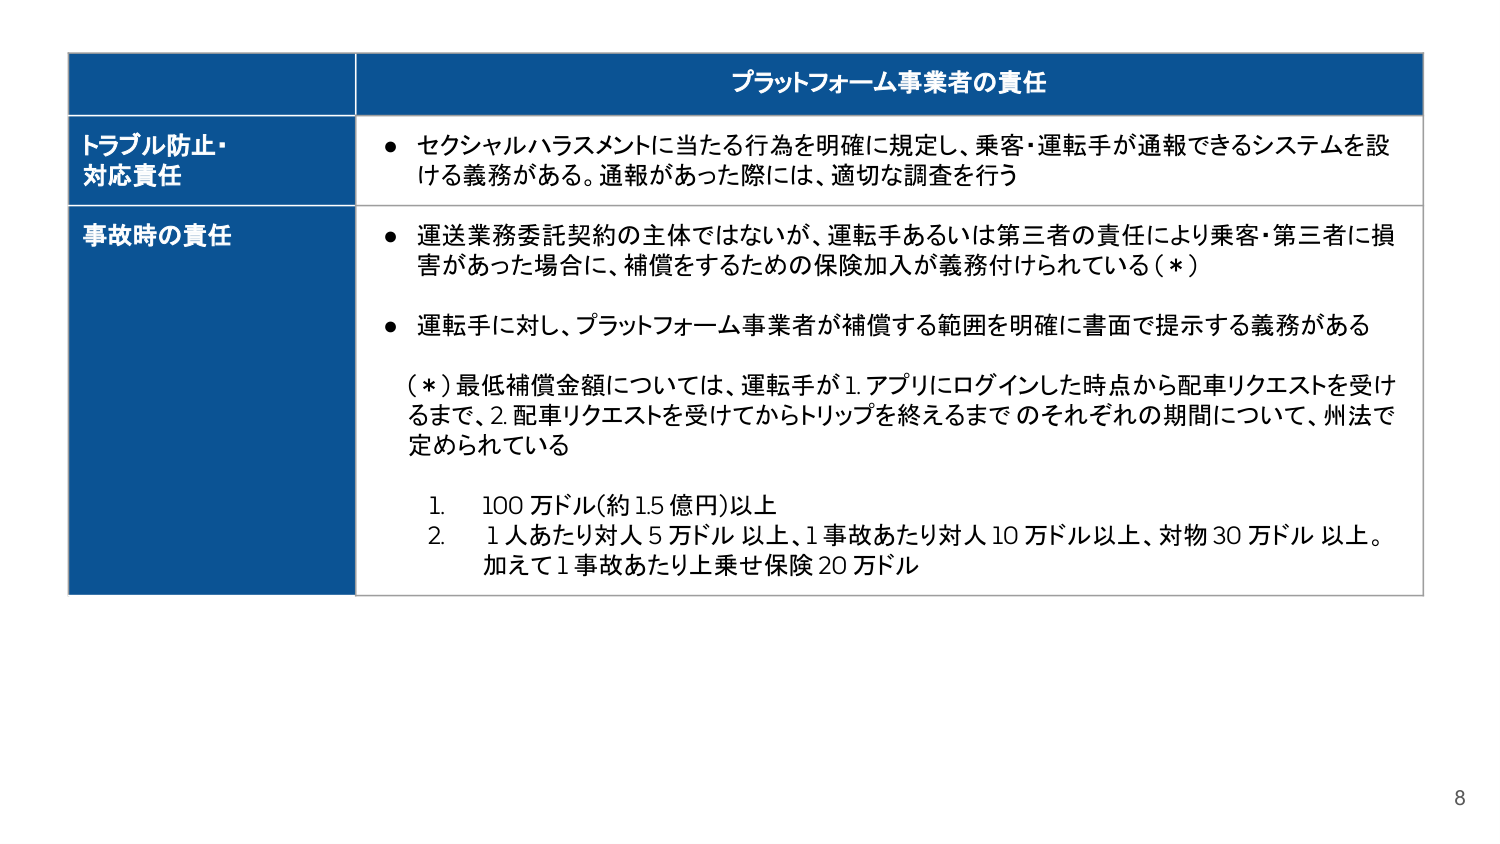
プラットフォーム事業者の責任

トラブル防止・
対応責任
・ セクシャルハラスメントに当たる行為を明確に規定し、乗客・運転手が通報できるシステムを設
ける義務がある。通報があった際には、適切な調査を行う

事故時の責任
・ 運送業務委託契約の主体ではないが、運転手あるいは第三者の責任により乗客・第三者に損
害があった場合に、補償をするための保険加入が義務付けられている（＊）
・ 運転手に対し、プラットフォーム事業者が補償する範囲を明確に書面で提示する義務がある

（＊）最低補償金額については、運転手が1. アプリにログインした時点から配車リクエストを受け
るまで、2. 配車リクエストを受けてからトリップを終えるまで のそれぞれの期間について、州法で
定められている

1. 100万ドル（約1.5億円）以上
2. 1人あたり対人5万ドル以上、1事故あたり対人10万ドル以上、対物30万ドル以上。
加えて1事故あたり上乗せ保険20万ドル

8